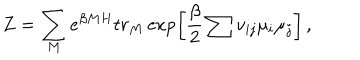
Z = \sum _ { M } e ^ { \beta M H } t r _ { M } \exp \left[ \frac { \beta } { 2 } \sum v _ { i j } \mu _ { i } \mu _ { j } \right] \, ,